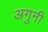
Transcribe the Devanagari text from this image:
अगुनी